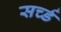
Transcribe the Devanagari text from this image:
सर्च्ड